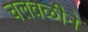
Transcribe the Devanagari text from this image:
चलवळीने